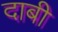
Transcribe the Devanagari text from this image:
दाबी